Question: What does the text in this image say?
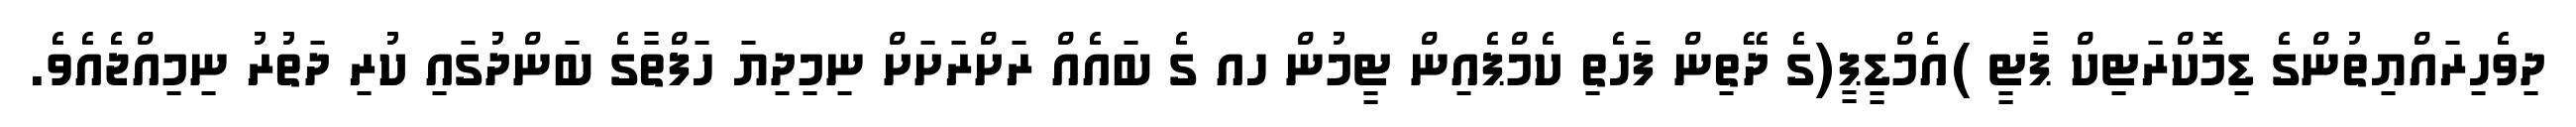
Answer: ދިވެހިރައްޔިތުންގެ ޑިމޮކްރަޓިކް ޕާޓީ )އެމްޑީޕީ(ގެ ދޭތިން ފަހެތި ކެމްޕެއިން ޓީމުން ހއ ގެ ބައެއް ރަށްރަށަށް ނިމިދިޔަ ހަފްތާގެ ބަންދުގައި ކުރި ދަތުރު ނިމިއްޖެއެވެ.